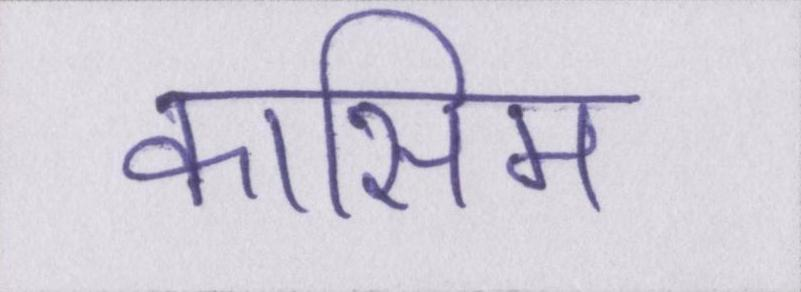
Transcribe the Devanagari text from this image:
कासिम